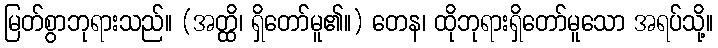
မြတ်စွာဘုရားသည်။ (အတ္ထိ၊ ရှိတော်မူ၏။) တေန၊ ထိုဘုရားရှိတော်မူသော အရပ်သို့။